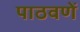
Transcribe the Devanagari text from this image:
पाठवणें